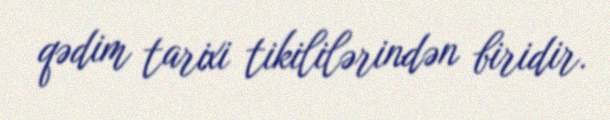
qədim tarixi tikililərindən biridir.